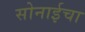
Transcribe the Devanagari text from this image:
सोनाईचा